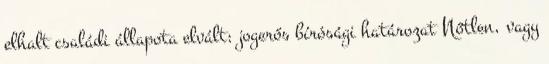
elhalt családi állapota elvált: jogerős bírósági határozat Nőtlen, vagy